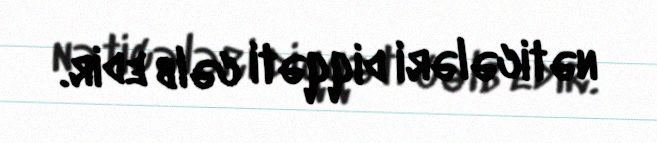
nəticələri diqqəti cəlb edir.